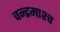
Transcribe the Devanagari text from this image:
चन्द्रमाश्च